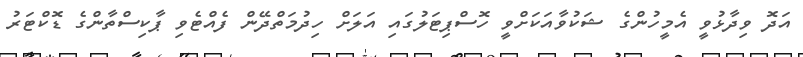
އަދޮ ވިދާޅުވީ އެމީހުންގެ ޝަކުވާއަކަށްވީ ހޮސްޕިޓަލުގައި އަލަށް ހިދުމަތްދޭން ފެއްޓެވި ޕާކިސްތާންގެ ޑޮކްޓަރު